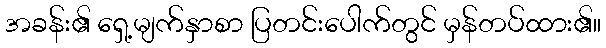
အခန်း၏ ရှေ့မျက်နှာစာ ပြတင်းပေါက်တွင် မှန်တပ်ထား၏။